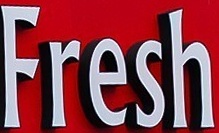
Fresh